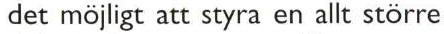
det möjligt att styra en allt större